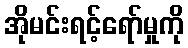
အိုမင်းရင့်ရော်မှုကို